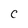
Character: C